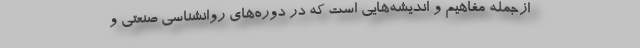
ازجمله مفاهيم و انديشه‌هايی است كه در دوره‌هاي روانشناسي صنعتي و